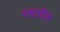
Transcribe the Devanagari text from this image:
रसातील